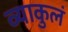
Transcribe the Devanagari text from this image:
व्याकुलं